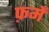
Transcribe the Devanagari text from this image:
फ़में